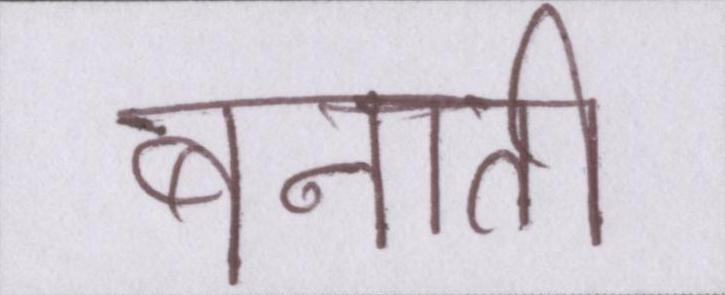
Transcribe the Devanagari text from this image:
बनाती